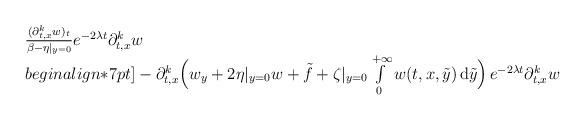
LaTeX: \begin{align*}\begin{array}{ll}\frac{(\partial_{t,x}^{k}w)_t}{\beta-\eta|_{y=0}}e^{-2\lambda t}\partial_{t,x}^{k}w \\begin{align*}7pt]- \partial_{t,x}^{k}\Big(w_y + 2\eta|_{y=0} w + \tilde{f} + \zeta|_{y=0}\int\limits_0^{+\infty} w(t,x,\tilde{y}) \,\mathrm{d}\tilde{y}\Big)\, e^{-2\lambda t}\partial_{t,x}^{k}w\end{array}\end{align*}